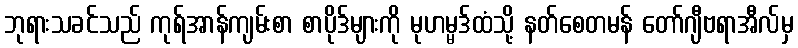
ဘုရားသခင်သည် ကုရ်အာန်ကျမ်းစာ စာပိုဒ်များကို မုဟမ္မဒ်ထံသို့ နတ်စေတမန် တော်ဂျီဗရာအီလ်မှ